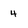
Character: 4